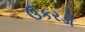
ઉકરડો